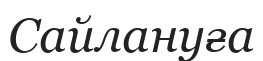
Сайлануға